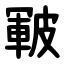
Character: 皸